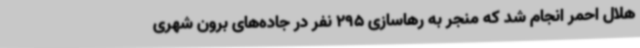
هلال احمر انجام شد که منجر به رهاسازی 295 نفر در جاده‌های برون شهری